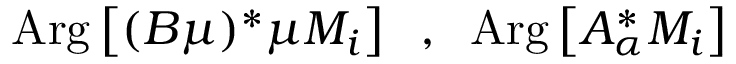
\mathrm { A r g } \left[ ( B \mu ) ^ { * } \mu M _ { i } \right] \; \; , \; \; \mathrm { A r g } \left[ A _ { \alpha } ^ { * } M _ { i } \right]